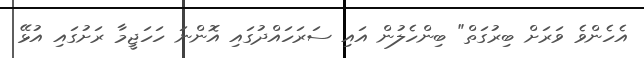
އެހެންވެ ވަރަށް ބިރުގަތް" ބިންހެލުން އައި ސަރަހައްދުގައި އޮންނަ ހަހަޖީމާ ރަށުގައި އުޅޭ